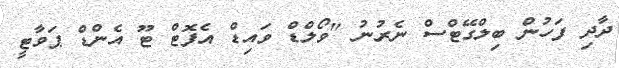
ދާދި ފަހުން ބިލްގޭޓްސް ނެރުނު "ވޯލްޑް ވައިޑް އެފޮޓް ޓޫ އެންޑް ޕަވާޓީ